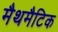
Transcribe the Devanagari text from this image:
मैथमैटिक